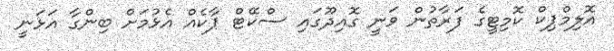
އޮލިމްޕިކް ކޮމިޓީގެ ފަރާތުން ވަނީ ގޮއިދޫގައި ސްކޭޓް ޕާކެއް އެޅުމަށް ބިންގާ އަޅަނީ